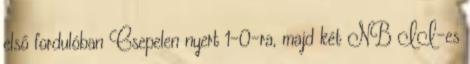
első fordulóban Csepelen nyert 1–0-ra, majd két NB II-es